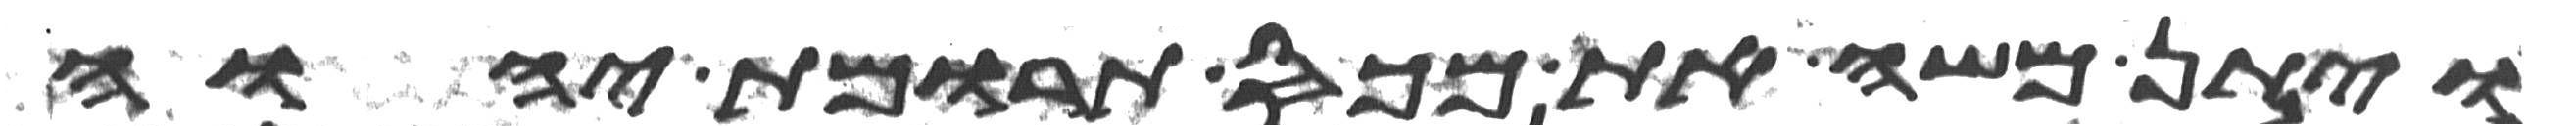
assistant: ויתן משה את מכס תרומת יהוה